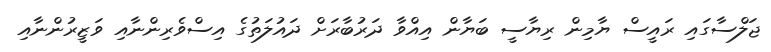
ޖަލްސާގައި ރައީސް ޔާމިން ރިޔާސީ ބަޔާން އިއްވާ ދަރުބާރަށް ދައުލަތުގެ އިސްވެރިންނާއި ވަޒީރުންނާއި